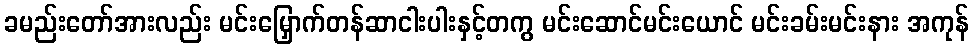
ခမည်းတော်အားလည်း မင်းမြှောက်တန်ဆာငါးပါးနှင့်တကွ မင်းဆောင်မင်းယောင် မင်းခမ်းမင်းနား အကုန်